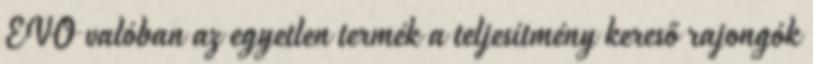
EVO valóban az egyetlen termék a teljesítmény kereső rajongók